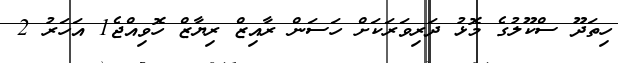
ހިތަދޫ ސްކޫލުގެ މޮޅު ދަރިވަރަކަށް ހަސަން ރާއިޒް ރިޔާޒް ހޮވިއްޖެ1 އަހަރު 2